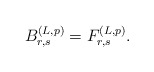
\begin{align*}B_{r,s}^{(L,p)} = F_{r,s}^{(L,p)}.\end{align*}